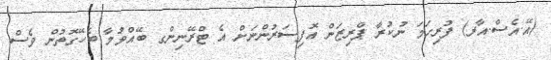
(އޭ.އެސް.އާރ) ފުރިހަމަ ނުކުރާ ޕްރިޒަން އޮފިސަރުންނަށް އެ ޓްރޭނިންގ ބޭއްވުމާ ބެހޭގޮތުން ވެސް